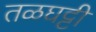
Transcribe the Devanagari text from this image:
तळघट्टी